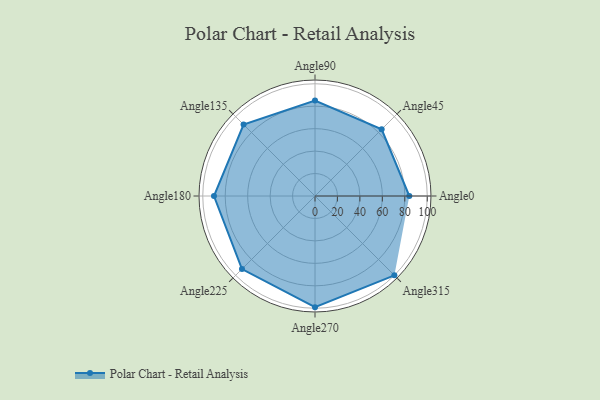
{"axis": {"x": "Angle", "y": "Radius"}, "legend": [""], "data": [{"x": "Angle0", "y": 84.0, "type": ""}, {"x": "Angle45", "y": 84.0, "type": ""}, {"x": "Angle90", "y": 85.0, "type": ""}, {"x": "Angle135", "y": 90.0, "type": ""}, {"x": "Angle180", "y": 90.0, "type": ""}, {"x": "Angle225", "y": 92.0, "type": ""}, {"x": "Angle270", "y": 99.0, "type": ""}, {"x": "Angle315", "y": 100.0, "type": ""}]}